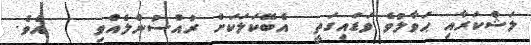
ލަޝްކަރާއި ޙަވާލުވެ ވަޑައިގަތީ  އެބޭކަލަކަށް ރުއްސުންލެއްވި    އެވެ.